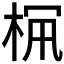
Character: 𣑪